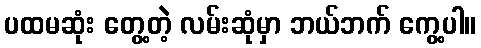
ပထမဆုံး တွေ့တဲ့ လမ်းဆုံမှာ ဘယ်ဘက် ကွေ့ပါ။